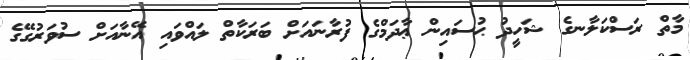
މާތް ރަސްކަލާނގެ ޝަހީދު ޙުސައިން ޢާދަމްގެ ފުރާނައަށް ބަރަކާތް ލައްވައި އޭނާއަށް ސުވަރުގޭގެ